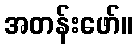
အတန်းဖော်။